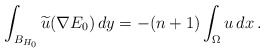
\begin{align*}\int_{B_{H_0}}\widetilde u(\nabla E_0)\,dy = -(n+1)\int_\Omega u\,dx\,.\end{align*}